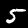
Label: 5